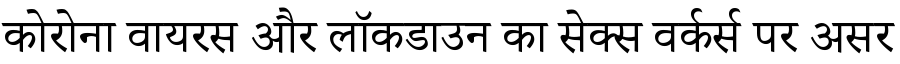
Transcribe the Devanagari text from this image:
कोरोना वायरस और लॉकडाउन का सेक्स वर्कर्स पर असर